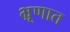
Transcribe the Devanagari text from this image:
भ्रूणात